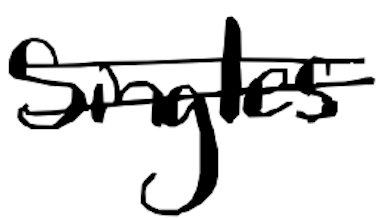
Text: singles
Cross-out: double-line
Writing tool: digital_black